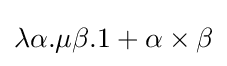
\lambda \alpha .\mu \beta .1+\alpha \times \beta